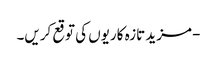
- مزید تازہ کاریوں کی توقع کریں۔